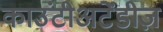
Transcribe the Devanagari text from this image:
काउंटीअटेंडीज़